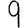
Digit: 9